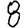
Digit: 8